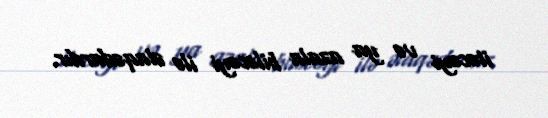
itəcəyi və ya azala biləcəyi ilə əlaqədardır.